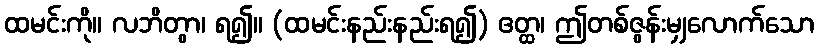
ထမင်းကို။ လဘိတွာ၊ ရ၍။ (ထမင်းနည်းနည်းရ၍) ဧတ္ထ၊ ဤတစ်ဇွန်းမျှလောက်သော